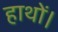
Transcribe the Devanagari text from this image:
हाथों।